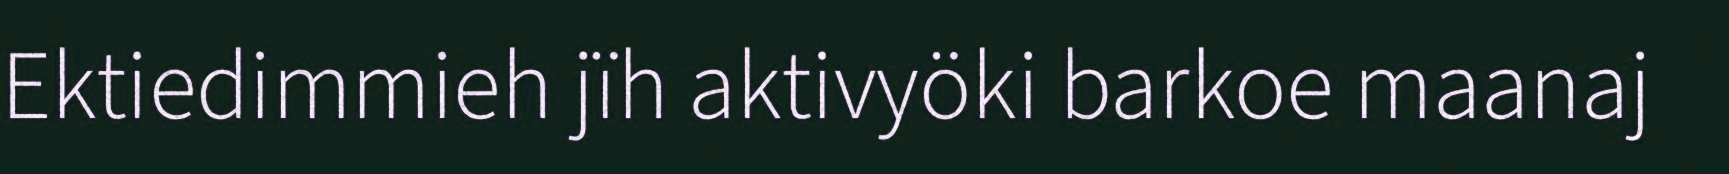
Ektiedimmieh jïh aktivyöki barkoe maanaj